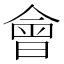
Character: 會